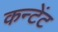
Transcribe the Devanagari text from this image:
कन्टेंट